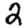
Digit: 2